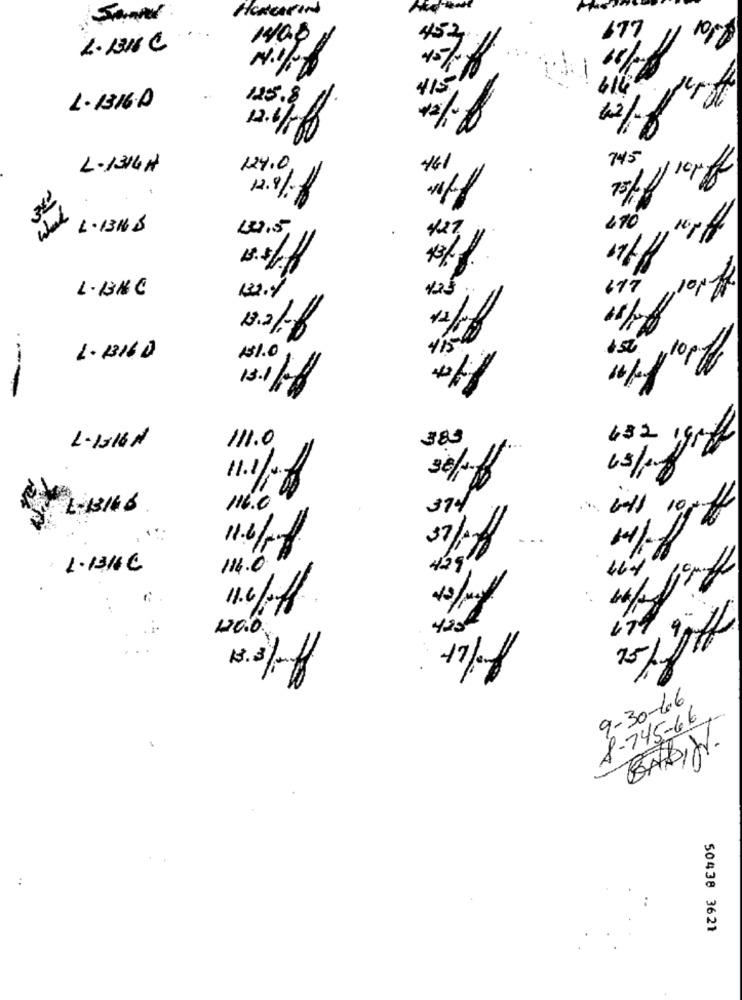
Hencerand
677
452
105%
2.1310 €
415
614
125.8
L.1316.A
=
7.45
L.1314 H
124.0
16
19
75
12.91.
670
L.13KB
14,5
427
L.13NC
150
1.13160
131.0
10/
---
111.0
383
432 19022
L-1916H
11.11.8
116.0
374
11.6/
1.1316C
114.0
429,
120.0.
9-30-6.6
A-745-66
1-
BABIN.
50438 3621